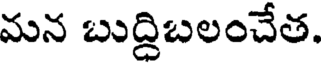
మన బుద్దిబలంచేత.